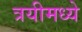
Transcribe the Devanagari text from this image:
त्रयीमध्ये